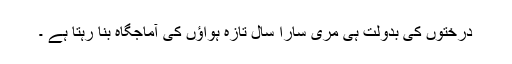
درختوں کی بدولت ہی مری سارا سال تازہ ہواؤں کی آماجگاہ بنا رہتا ہے ۔